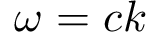
\omega _ { } ^ { } = c k